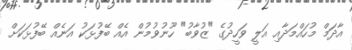
އާދަމް މުހައްމަދާއި އަލީ ވަހީދުގެ "ޒުވާބު" ހޫނުވުމުން އެއް ބޭފުޅަކު އަނެއް ބޭފުޅަކަށް